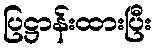
ပြဋ္ဌာန်းထားပြီး